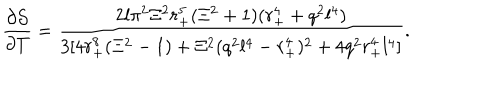
\frac { \partial \mathcal { S } } { \partial T } = \frac { 2 l \pi ^ { 2 } \Xi ^ { 2 } r _ { + } ^ { 5 } ( \Xi ^ { 2 } + 1 ) ( r _ { + } ^ { 4 } + q ^ { 2 } l ^ { 4 } ) } { 3 [ 4 r _ { + } ^ { 8 } ( \Xi ^ { 2 } - 1 ) + \Xi ^ { 2 } ( q ^ { 2 } l ^ { 4 } - r _ { + } ^ { 4 } ) ^ { 2 } + 4 q ^ { 2 } r _ { + } ^ { 4 } l ^ { 4 } ] } .